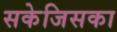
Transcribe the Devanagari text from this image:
सकेजिसका